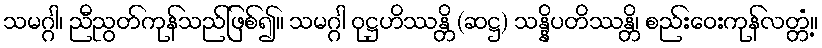
သမဂ္ဂါ၊ ညီညွတ်ကုန်သည်ဖြစ်၍။ သမဂ္ဂါ ဝုဋ္ဌဟိဿန္တိ (ဆဋ္ဌ) သန္နိပတိဿန္တိ၊ စည်းဝေးကုန်လတ္တံ့။